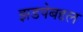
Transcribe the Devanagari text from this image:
झडपेबद्दल